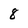
Character: 8